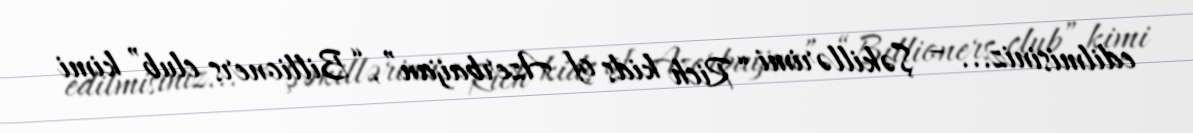
edilmisiniz... – Şəkillərimi “Rich kids of Azerbaijan”, “Billioners club” kimi